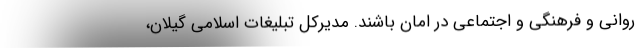
روانی و فرهنگی و اجتماعی در امان باشند. مدیرکل تبلیغات اسلامی گیلان،